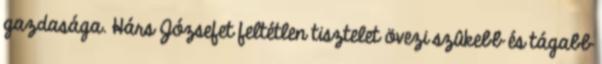
gazdasága. Hárs Józsefet feltétlen tisztelet övezi szûkebb és tágabb